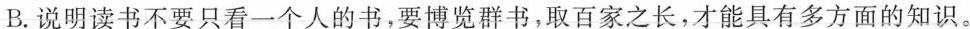
B.说明读书不要只看一个人的书，要博览群书，取百家之长，才能具有多方面的知识。